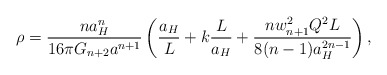
\begin{align*}\rho={{na^n_H}\over{16\pi G_{n+2}a^{n+1}}}\left({a_H\over L}+k{L\over a_H}+{{nw^2_{n+1}Q^2L}\over{8(n-1)a^{2n-1}_H}}\right),\end{align*}